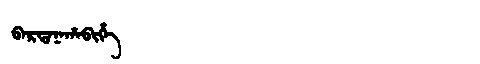
Manchu: ᠪᠠᡵᡨᠠᠨᠠᡥᠠᠪᡳᡥᡝ
Romanization: BARTANAHABIHE